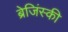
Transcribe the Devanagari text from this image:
ब्रेजिंस्की